Indian journal of veterinary science and animal husbandry - Volume 12,
Year: 1942
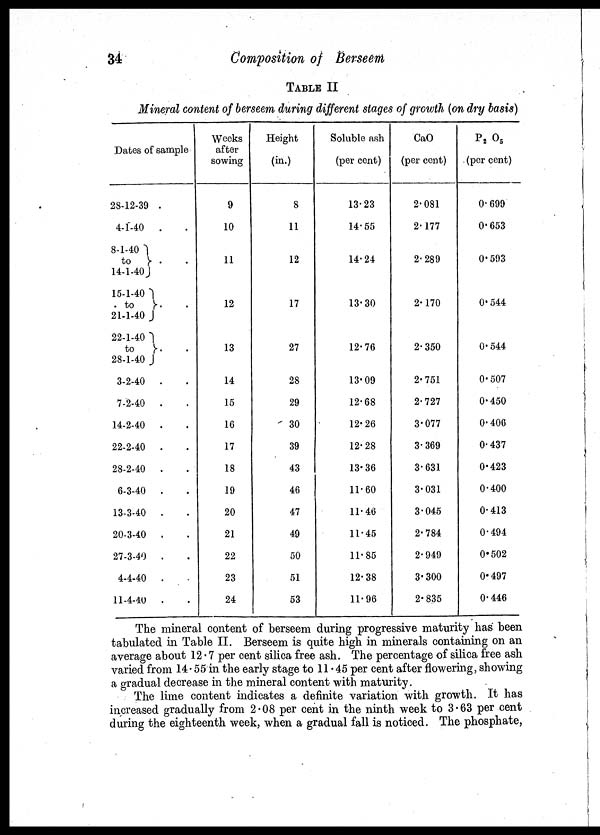
34
Composition of Berseem
TABLE II
Mineral content of berseem during different stages of growth (on dry basis)
Dates of sample
28-12-39 .
4-1-40
. .
8-1-40
to
} . .
14-1-40
15-1-40
to
}
. .
21-1-40
22-1-40
to
}
. .
28-1-40
3-2-40 . .
7-2-40 . .
14-2-40
. .
22-2-40
. .
28-2-40
. .
6-3-40 . .
13-3-40
. .
20-3-40
. .
27-3-40
. .
4-4-40
. .
11-4-40
. .
Weeks
after
sowing
9
10
11
12
13
14
15
16
17
18
19
20
21
22
23
24
Height
(in.)
8
11
12
17
27
28
29
30
39
43
46
47
49
50
51
53
Soluble ash
(per cent)
13.23
14.55
14.24
13.30
12.76
13.09
12.68
12.26
12.28
13.36
11.60
11.46
11.45
11.85
12.38
11.96
CaO
(per cent)
2.081
2.177
2.289
2.170
2.350
2.751
2.727
3.077
3.369
3.631
3.031
3.045
2.784
2.949
3.300
2.835
P 2 O 5
(per cent)
0.699
0.653
0.593
0.544
0.544
0.507
0.450
0.406
0.437
0.423
0.400
0.413
0.494
0.502
0.497
0.446
The mineral content of berseem during progressive maturity has been
tabulated in Table II. Berseem is quite high in minerals containing on an
average about 12.7 per cent silica free ash. The percentage of silica free ash
varied from 14.55 in the early stage to 11.45 per cent after flowering, showing
a gradual decrease in the mineral content with maturity.
The lime content indicates a definite variation with growth. It has
increased gradually from 2.08 per cent in the ninth week to 3.63 per cent
during the eighteenth week, when a gradual fall is noticed. The phosphate,